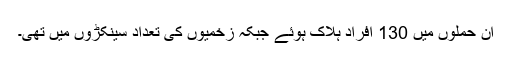
ان حملوں میں 130 افراد ہلاک ہوئے جبکہ زخمیوں کی تعداد سینکڑوں میں تھی۔